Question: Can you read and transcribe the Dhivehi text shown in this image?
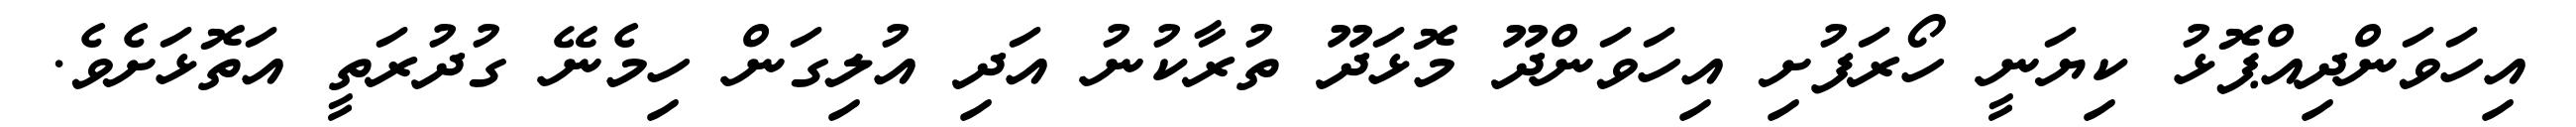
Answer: އިހަވަންދިއްޕޮޅު ކިޔަނީ ހޯރަފުށި އިހަވަންދޫ މޮޅަދޫ ތުރާކުނު އަދި އުލިގަން ހިމެނޭ ގުދުރަތީ އަތޮޅަށެވެ.